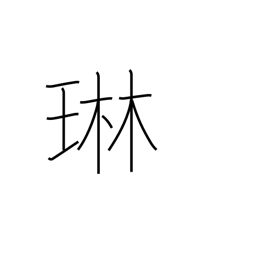
Meaning: tinkling of jewelry